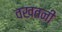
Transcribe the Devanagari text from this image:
वखतनी